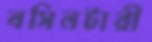
বসিনটারী